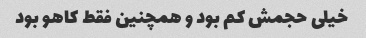
خیلی حجمش کم بود و همچنین فقط کاهو بود